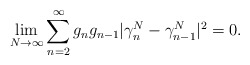
\begin{align*}\displaystyle\lim_{N\rightarrow\infty}\sum_{n=2}^{\infty}g_{n}g_{n-1}|\gamma^{N}_{n}-\gamma^{N}_{n-1}|^{2}=0.\end{align*}